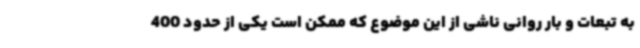
به تبعات و بار روانی ناشی از این موضوع که ممکن است یکی از حدود 400